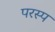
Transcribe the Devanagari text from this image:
परस्प